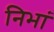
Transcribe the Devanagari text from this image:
निभां